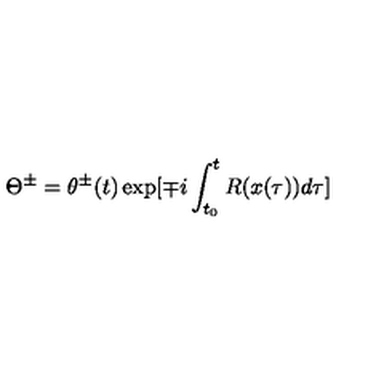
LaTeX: \Theta ^ { \pm } = \theta ^ { \pm } ( t ) \exp [ \mp i \int _ { t _ { 0 } } ^ { t } R ( x ( \tau ) ) d \tau ]